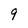
Character: 9